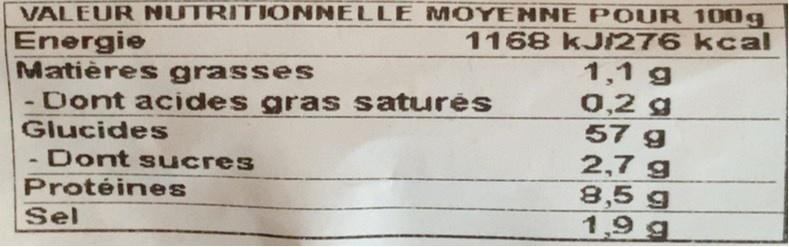
VALEUR NUTRITIONNELLE MOYENNE PO UR 100g 1168 kJ/276 kcal
Energie Matières grasses - Dont acides gras satures
1,1 g 0,2 g 57 g 2,7 g 8,5 g 1,9 g
Glucides
- Dont sucres
Protéines
Sel